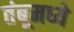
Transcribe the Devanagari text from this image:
तंबूमध्ये